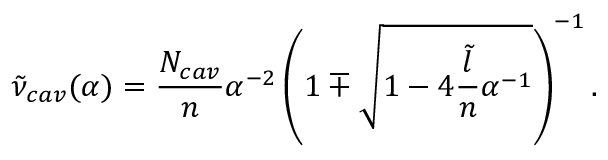
\tilde { \nu } _ { c a v } ( \alpha ) = \frac { N _ { c a v } } { n } \alpha ^ { - 2 } \left( 1 \mp \sqrt { 1 - 4 \frac { \tilde { l } } { n } \alpha ^ { - 1 } } \right) ^ { - 1 } .